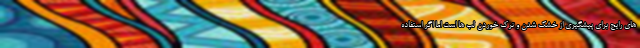
های رایج برای پیشگیری از خشک شدن و ترک خوردن لب ها است اما اگر استفاده